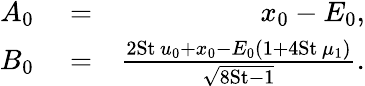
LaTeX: \begin{array}{rlr}{A_{0}}&{{}=}&{x_{0}-E_{0},}\\ {B_{0}}&{{}=}&{\frac{2\mathrm{St}\, u_{0}+x_{0}-E_{0}(1+4\mathrm{St}\, \mu_{1})}{\sqrt{8\mathrm{St}-1}}.}\end{array}